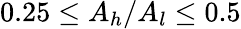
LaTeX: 0.25\leq A_{h}/A_{l}\leq 0.5